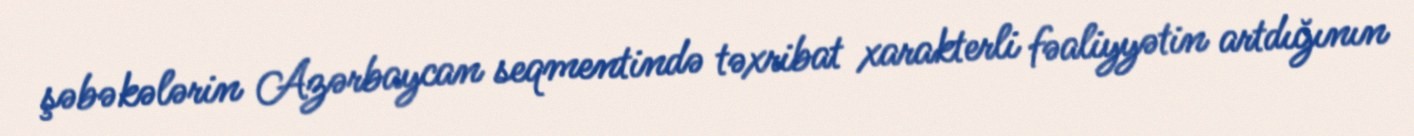
şəbəkələrin Azərbaycan seqmentində təxribat xarakterli fəaliyyətin artdığının